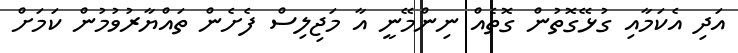
އަދި އެކަމާއި ގުޅޭގޮތުން ގޮތެއް ނިންމޭނީ އާ މަޖިލިސް ފެށެން ތައްޔާރުވުމުން ކަމަށް